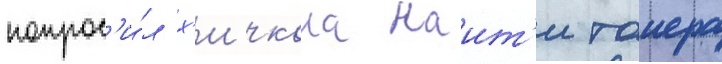
попрос'и́л х'ичкока наит'и таиера